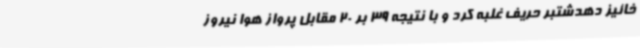
خائیز دهدشتبر حریف غلبه کرد و با نتیجه 39 بر 20 مقابل پرواز هوا نیروز